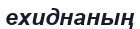
ехиднаның